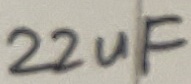
Text: 22uF